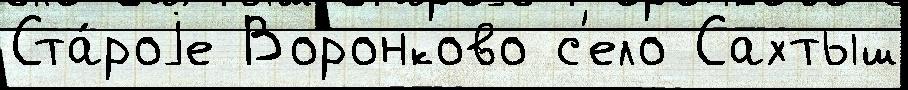
Ста́роjе Воронково с'ело Сахтыш